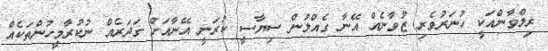
ރިލްވާންއަކީ ހުނަރުވެރި ޒުވާނެއް އޭނާ ގެއްލުން ސިޔާސީ ކުރަނީ އޭނާއަށް ގަދަރެއް ނުކުރާމީހުންތަކެއް